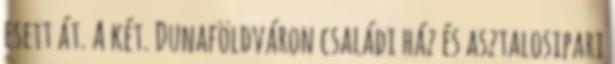
esett át. A két. Dunaföldváron családi ház és asztalosipari